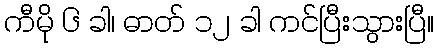
ကီမို ၆ ခါ၊ ဓာတ် ၁၂ ခါ ကင်ပြီးသွားပြီ။